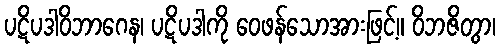
ပဋိပဒါဝိဘာဂေန၊ ပဋိပဒါကို ဝေဖန်သောအားဖြင့်။ ဝိဘဇိတွာ၊